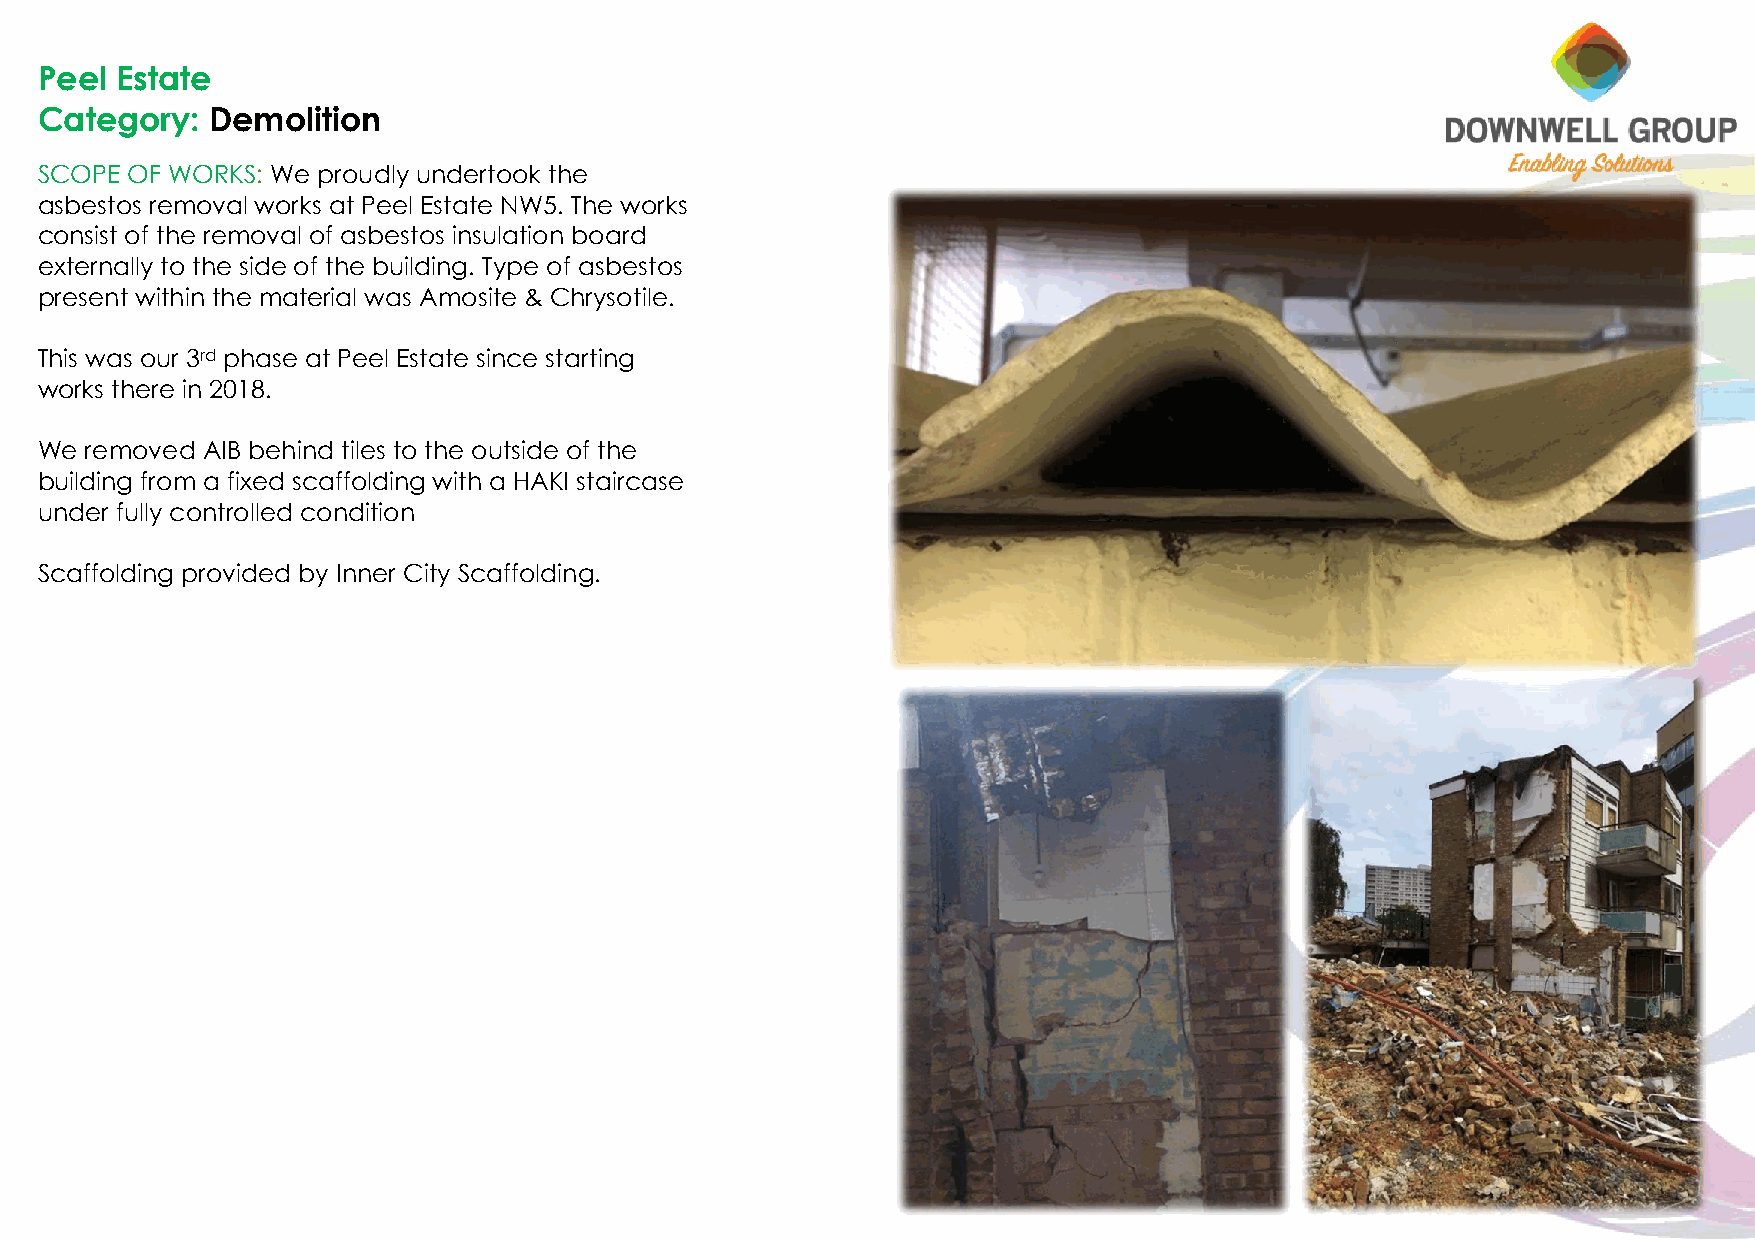
Peel  Estate
 Category:   Demolition
 SCOPE OF WORKS: We proudly undertook the
 asbestos removal works at Peel Estate NW5. The works
 consist of the removal of asbestos insulation board
 externally to the side of the building. Type of asbestos
 present within the material was Amosite & Chrysotile.
 This was our 3rd phase at Peel Estate since starting
 works there in 2018.
 We  removed AIB behind tiles to the outside of the
 building from a fixed scaffolding with a HAKI staircase
 under fully controlled condition
 Scaffolding provided by Inner City Scaffolding.